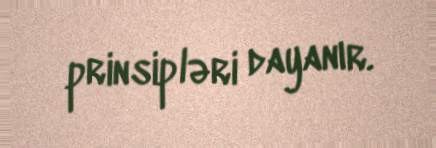
prinsipləri dayanır.